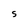
Character: S